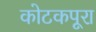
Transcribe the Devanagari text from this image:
कोटकपूरा